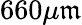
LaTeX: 660\mu\mathfrak{m}